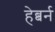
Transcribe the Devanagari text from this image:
हेब्बर्न